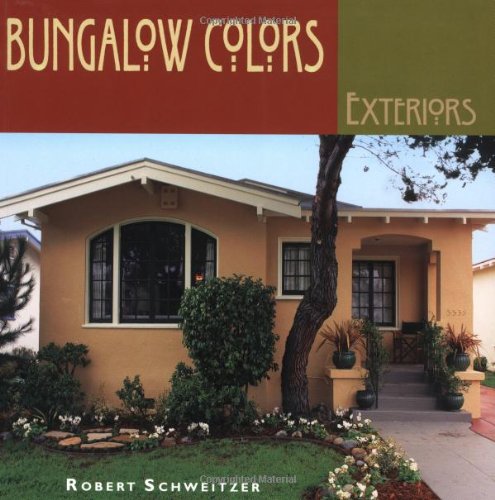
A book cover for Bungalow Colors: Exteriors; Robert Schweitzer; Arts & Photography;